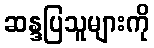
ဆန္ဒပြသူများကို